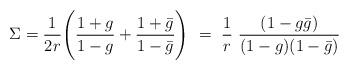
LaTeX: \begin{align*}\Sigma = \frac {1}{2r} \Biggl(\frac {1 +g}{1 - g} + \frac{1 +\bar g}{1 -\bar g}\Biggr)\ =\ \frac{1}{r}\ \frac {(1 - g\bar g)}{(1- g)(1 - \bar g)}\end{align*}